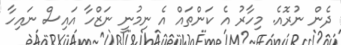
ދެން ނުރޮއެ. މިހާރު އެ ކަންތައް އެ ނިމުނީ ނަޒްހާ އައިސް ނައިހާ